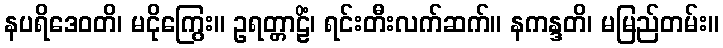
နပရိဒေဝတိ၊ မငိုကြွေး။ ဥရတ္တာဠိံ၊ ရင်းတီးလက်ဆက်။ နကန္ဒတိ၊ မမြည်တမ်း။